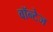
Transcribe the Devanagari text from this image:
वॉन्टेज